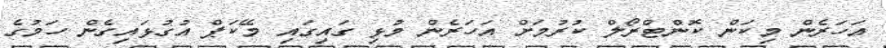
އަހަރެން މިކަން ކޮންޓްރޯލް ކުރުމަށް އަހަރެން މުޅި ގައިގައި މޭކަޕް އުގުޅައިގެން ހަމުގެ